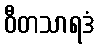
ဝီတသာရဒံ